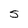
Character: 5